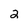
Character: 2